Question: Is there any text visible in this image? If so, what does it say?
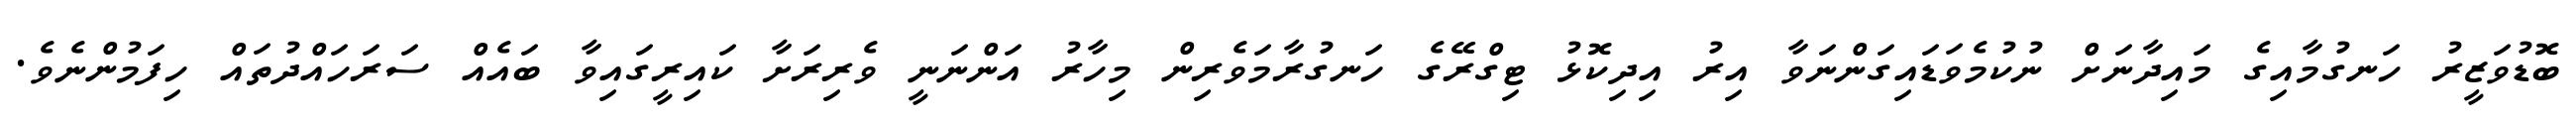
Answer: ބޮޑުވަޒީރު ހަނގުމާއިގެ މައިދާނަށް ނުކުމެވަޑައިގަންނަވާ އިރު އިދިކޮޅު ޓިގްރޭގެ ހަނގުރާމަވެރިން މިހާރު އަންނަނީ ވެރިރަށާ ކައިރީގައިވާ ބައެއް ސަރަހައްދުތައް ހިފަމުންނެވެ.